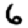
Digit: 6